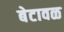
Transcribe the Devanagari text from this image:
बेटावळ